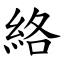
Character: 絡